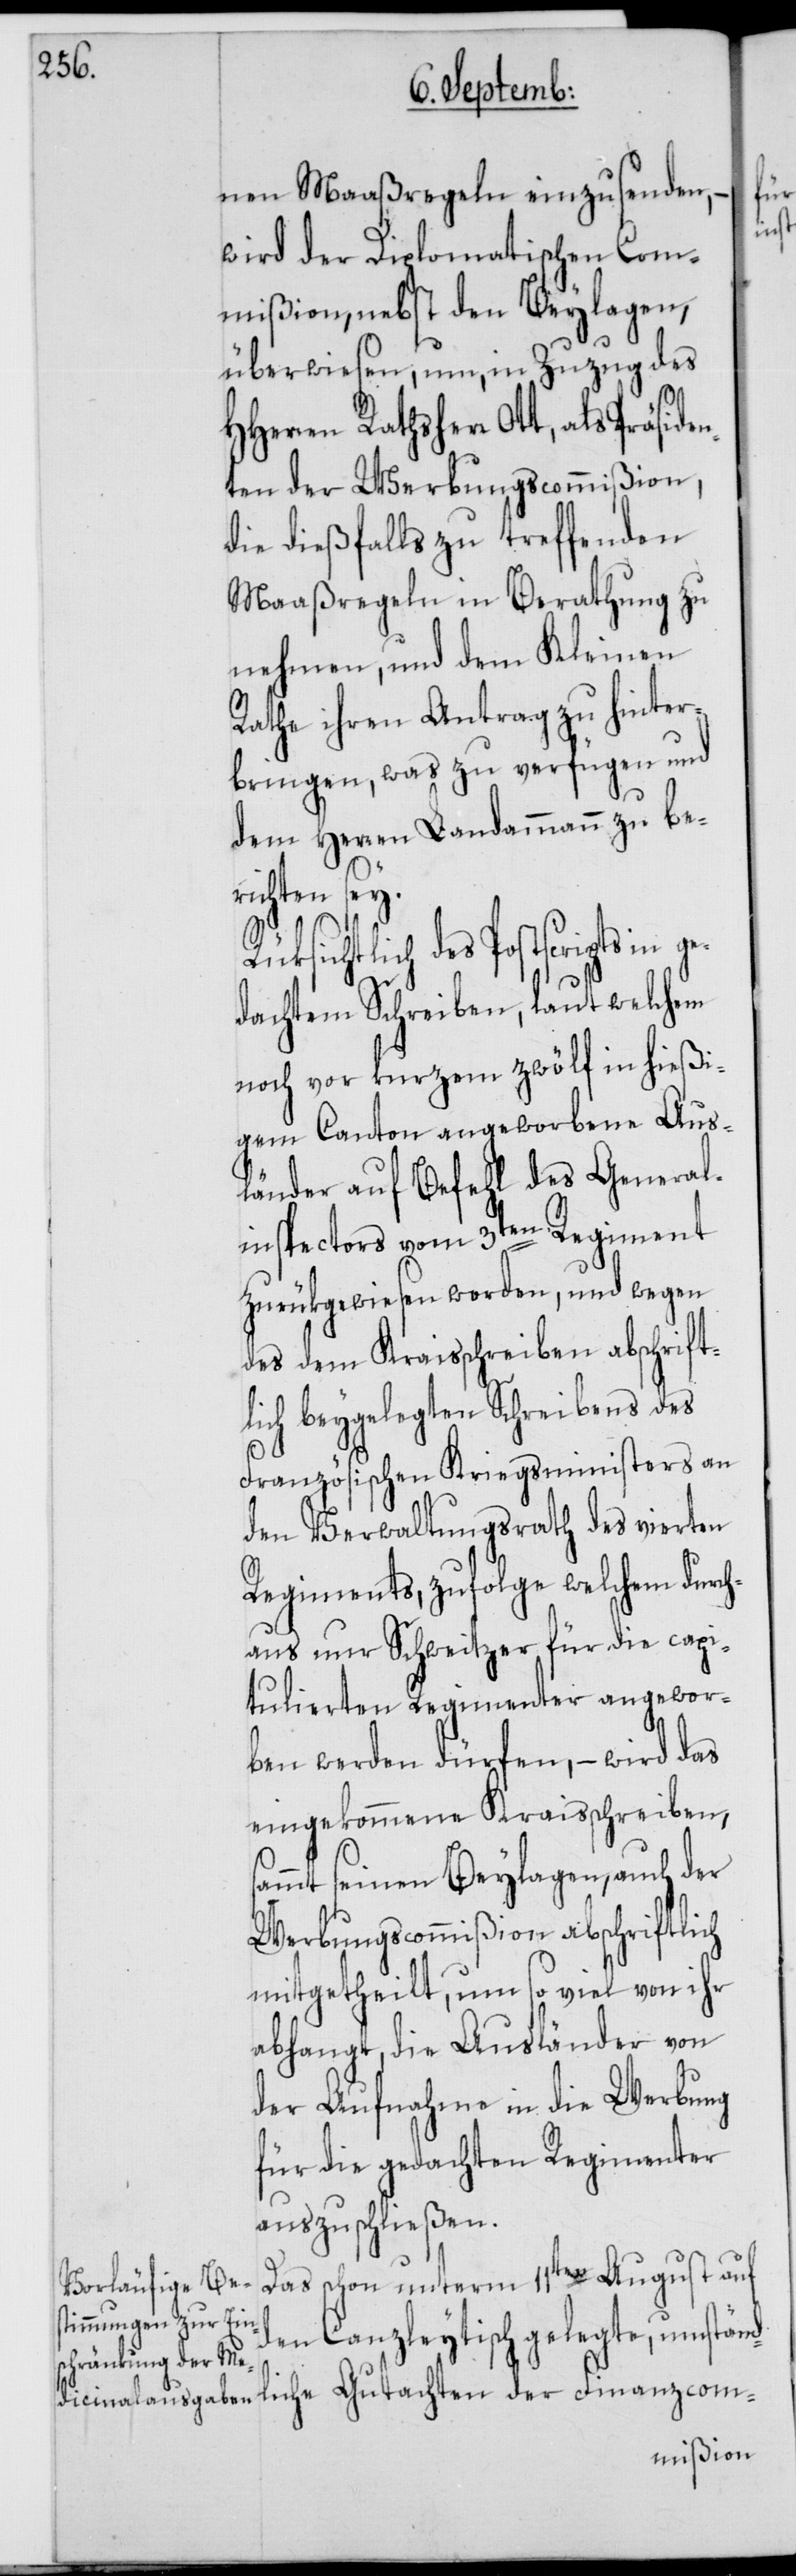
nen Maaßregeln einzusenden, –
wird der Diplomatischen Com¬
mißion, nebst den Beylagen,
überwiesen, um, in Zuzug des
ten der Werbungscommißion,
die dießfalls zu treffenden
Maaßregeln in Berathung zu
nehmen, und dem Kleinen
Rathe ihren Antrag zu hinter¬
bringen, was zu verfügen und
dem Herren Landammann zu be¬
richten sey.
liche Gutachten
edachtem Schreiben, laut welchem
noch vor kurzem zwölf in hießi¬
gem Canton angeworbene Aus¬
länder auf Befehl des General¬
inspectors vom 3ten Regiment
zurükgewiesen worden, und wegen
des dem Kraisschreiben abschrift¬
lich beygelegten Schreibens des
Französischen Kriegsministers an
den Verwaltungsrath des vierten
Regiments, zufolge welchem durch¬
aus nur Schweitzer für die capi¬
tulierten Regimenter angewor¬
ben werden dürfen, – wird das
eingekommene Kraisschreiben,
sammt seinen Beylagen, auch der
Werbungscommißion abschriftlich
mitgetheilt, um so viel von ihr
abhangt, die Ausländer von
der Aufnahme in die Werbung
für die gedachten Regimenter
auszuschließen.
Das schon unterm 11ten August auf
den Canzleytisch gelegte, umständ¬

in g¬